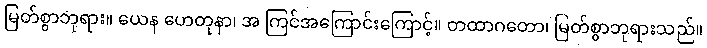
မြတ်စွာဘုရား။ ယေန ဟေတုနာ၊ အ ကြင်အကြောင်းကြောင့်။ တထာဂတော၊ မြတ်စွာဘုရားသည်။